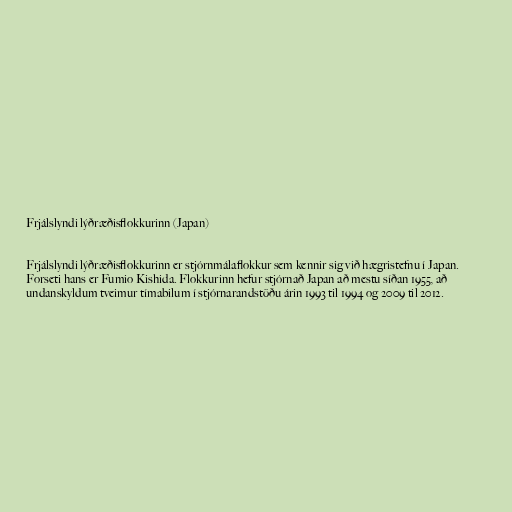
Frjálslyndi lýðræðisflokkurinn (Japan)

Frjálslyndi lýðræðisflokkurinn er stjórnmálaflokkur sem kennir sig við hægristefnu í Japan.
Forseti hans er Fumio Kishida. Flokkurinn hefur stjórnað Japan að mestu síðan 1955, að
undanskyldum tveimur tímabilum í stjórnarandstöðu árin 1993 til 1994 og 2009 til 2012.